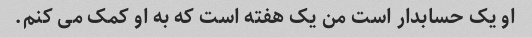
او یک حسابدار است من یک هفته است که به او کمک می کنم.